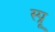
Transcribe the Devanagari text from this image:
स्प्रू